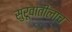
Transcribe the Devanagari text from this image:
सुरूवातीलाच